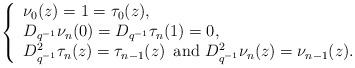
LaTeX: \begin{align*}\left\{ \begin{array}{ll} \nu_0(z)=1=\tau_0(z), & \hbox{} \\ D_{q^{-1}} \nu_n(0)= D_{q^{-1}} \tau_n(1)=0, & \hbox{} \\ D^2_{q^{-1}} \tau_n(z)= \tau_{n-1}(z) \, \mbox{ and } D^2_{q^{-1}} \nu_n(z)= \nu_{n-1}(z). & \hbox{} \end{array}\right.\end{align*}